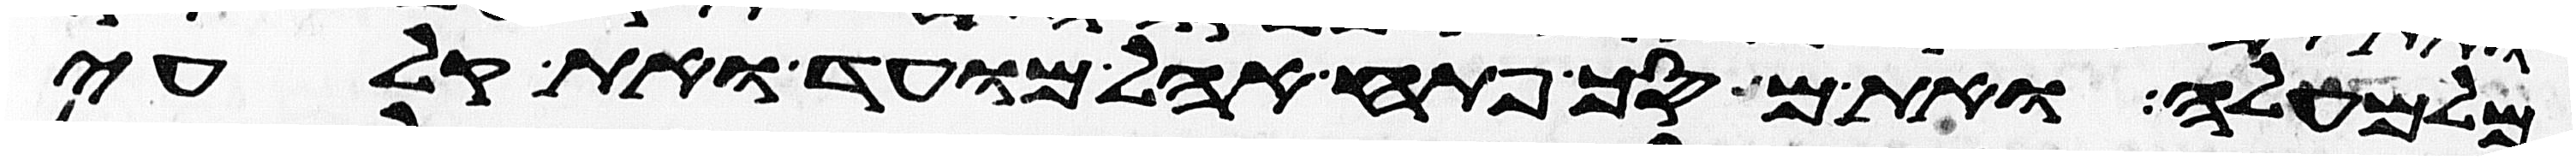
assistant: מלמעלה ואת מסך פתח אהל מועד ואת קלעי